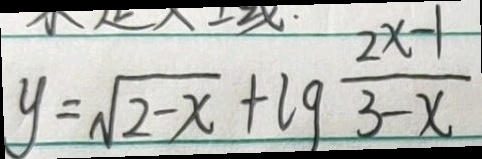
y = \sqrt { 2 - x } + \lg \frac { 2 x - 1 } { 3 - x }